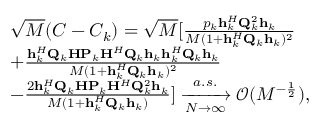
\begin{array} { r l } & { \sqrt { M } ( C - C _ { k } ) = \sqrt { M } [ \frac { p _ { k } \mathbf { h } _ { k } ^ { H } { \mathbf { Q } } _ { k } ^ { 2 } \mathbf { h } _ { k } } { M ( 1 + \mathbf { h } _ { k } ^ { H } { \mathbf { Q } } _ { k } \mathbf { h } _ { k } ) ^ { 2 } } } \\ & { + \frac { \mathbf { h } _ { k } ^ { H } { \mathbf { Q } } _ { k } { \mathbf { H } } { \mathbf { P } } _ { k } { \mathbf { H } } ^ { H } { \mathbf { Q } } _ { k } \mathbf { h } _ { k } \mathbf { h } _ { k } ^ { H } { \mathbf { Q } } _ { k } \mathbf { h } _ { k } } { M ( 1 + \mathbf { h } _ { k } ^ { H } { \mathbf { Q } } _ { k } \mathbf { h } _ { k } ) ^ { 2 } } } \\ & { - \frac { 2 \mathbf { h } _ { k } ^ { H } { \mathbf { Q } } _ { k } { \mathbf { H } } { \mathbf { P } } _ { k } { \mathbf { H } } ^ { H } { \mathbf { Q } } _ { k } ^ { 2 } \mathbf { h } _ { k } } { M ( 1 + \mathbf { h } _ { k } ^ { H } { \mathbf { Q } } _ { k } \mathbf { h } _ { k } ) } ] \xrightarrow [ N \rightarrow \infty ] { a . s . } { \mathcal { O } } ( M ^ { - \frac { 1 } { 2 } } ) , } \end{array}